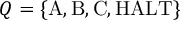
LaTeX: Q = \{ { \mathrm { A } } , { \mathrm { B } } , { \mathrm { C } } , { \mathrm { H A L T } } \}